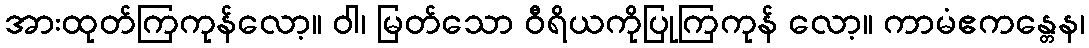
အားထုတ်ကြကုန်လော့။ ဝါ၊ မြတ်သော ဝီရိယကိုပြုကြကုန် လော့။ ကာမံဧကန္တေန၊